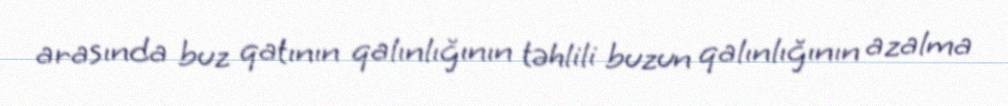
arasında buz qatının qalınlığının təhlili buzun qalınlığının azalma